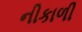
નીકાળી